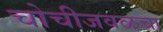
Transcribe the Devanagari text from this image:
चोचीजवळचा